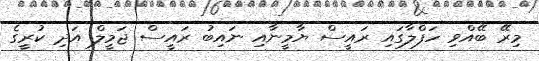
މިރޭ ބޭއްވި ހަފްލާގައި ރައީސް ޔާމީނާއި ނައިބު ރައީސް ޖަމީލް އަދި ކުރީގެ